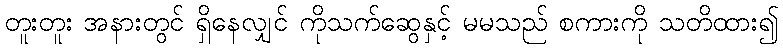
တူးတူး အနားတွင် ရှိနေလျှင် ကိုသက်ဆွေနှင့် မမသည် စကားကို သတိထား၍